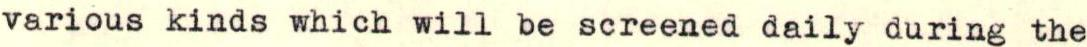
various kinds which will be screened daily during the